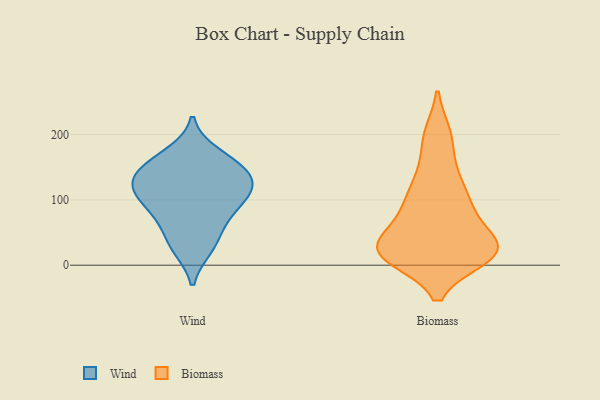
{"axis": {"x": "Demand Index", "y": "Value"}, "legend": ["Biomass", "Wind"], "data": [{"x": "", "y": 170, "type": "Wind"}, {"x": "", "y": 124, "type": "Wind"}, {"x": "", "y": 113, "type": "Wind"}, {"x": "", "y": 27, "type": "Wind"}, {"x": "", "y": 129, "type": "Wind"}, {"x": "", "y": 155, "type": "Wind"}, {"x": "", "y": 67, "type": "Wind"}, {"x": "", "y": 108, "type": "Wind"}, {"x": "", "y": 97, "type": "Wind"}, {"x": "", "y": 33, "type": "Wind"}, {"x": "", "y": 137, "type": "Wind"}, {"x": "", "y": 152, "type": "Wind"}, {"x": "", "y": 79, "type": "Wind"}, {"x": "", "y": 18, "type": "Biomass"}, {"x": "", "y": 144, "type": "Biomass"}, {"x": "", "y": 95, "type": "Biomass"}, {"x": "", "y": 129, "type": "Biomass"}, {"x": "", "y": 26, "type": "Biomass"}, {"x": "", "y": 23, "type": "Biomass"}, {"x": "", "y": 13, "type": "Biomass"}, {"x": "", "y": 15, "type": "Biomass"}, {"x": "", "y": 199, "type": "Biomass"}, {"x": "", "y": 29, "type": "Biomass"}, {"x": "", "y": 46, "type": "Biomass"}, {"x": "", "y": 93, "type": "Biomass"}, {"x": "", "y": 196, "type": "Biomass"}, {"x": "", "y": 72, "type": "Biomass"}, {"x": "", "y": 21, "type": "Biomass"}, {"x": "", "y": 24, "type": "Biomass"}, {"x": "", "y": 97, "type": "Biomass"}, {"x": "", "y": 19, "type": "Biomass"}]}